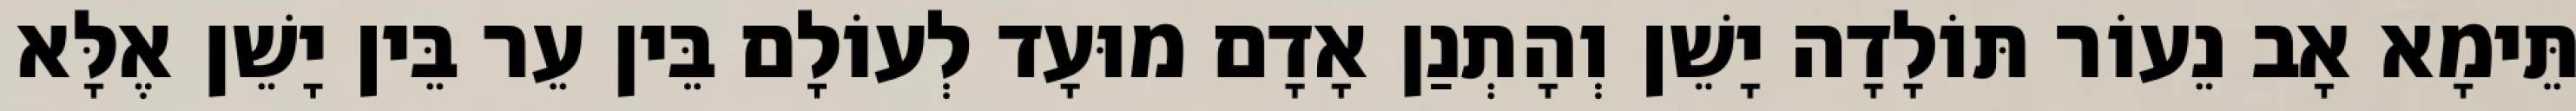
תֵּימָא אָב נֵעוֹר תּוֹלָדָה יָשֵׁן וְהָתְנַן אָדָם מוּעָד לְעוֹלָם בֵּין עֵר בֵּין יָשֵׁן אֶלָּא